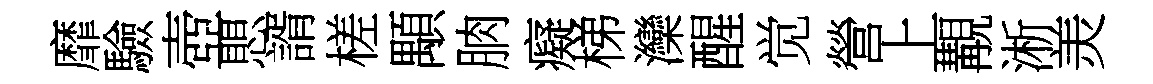
靡驗壺愳諝槎顒朒癡梯灤醒觉營上覯淅羙